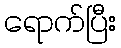
ရောက်ပြီး